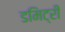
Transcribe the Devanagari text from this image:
डमिट्री